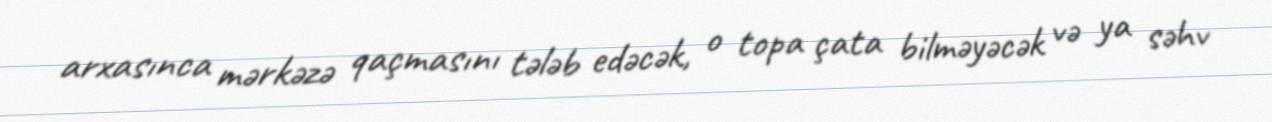
arxasınca mərkəzə qaçmasını tələb edəcək, o topa çata bilməyəcək və ya səhv